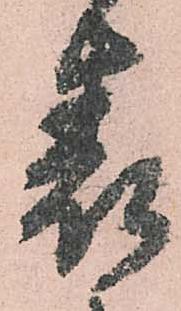
表